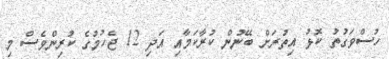
ހުސްވަގުތު ކޮޅު އިތުރަށް ބޭނުން ކުރާކަމާއި އަދި 12 ޖެހުމުގެ ކުރިންވެސް މި